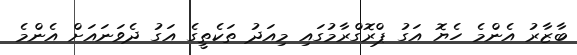
ބާޒާރު އެންމެ ހެޔޮ އަގު ޕްރޮގްރާމުގައި މިއަދު ތަކެތީގެ އަގު ދެވަނައަށް އެންމެ